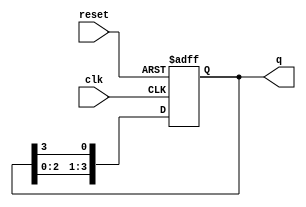
module ring_counter (
    input wire clk,        // Clock signal
    input wire reset,      // Asynchronous reset signal
    output reg [n-1:0] q   // Output state of the ring counter
);
    parameter n = 4;       // Number of flip-flops (change as needed)

    always @(posedge clk or posedge reset) begin
        if (reset) begin
            // Initialize the counter: only the first flip-flop is set to '1'
            q <= 1'b1; // Set the first flip-flop to '1'
        end else begin
            // Shift the '1' through the flip-flops
            q <= {q[n-2:0], q[n-1]}; // Shift left and wrap around
        end
    end
endmodule